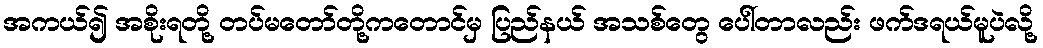
အကယ်၍ အစိုးရတို့ တပ်မတော်တို့ကတောင်မှ ပြည်နယ် အသစ်တွေ ပေါ်တာလည်း ဖက်ဒရယ်မူပဲလို့